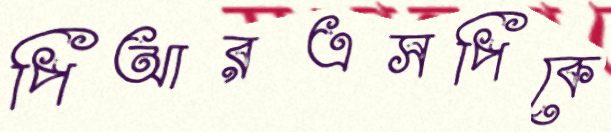
পিআরএসপিকে